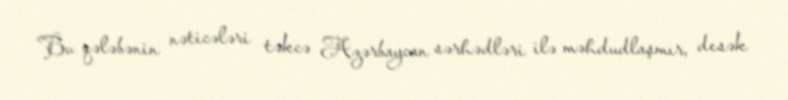
Bu qələbənin nəticələri təkcə Azərbaycan sərhədləri ilə məhdudlaşmır, desək